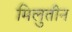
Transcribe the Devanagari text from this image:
मिलुतीन